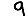
Digit: 9